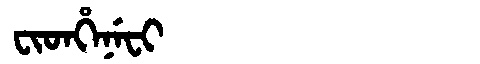
Manchu: ᠸᡳᡨᡥᡝᠨᡝᠸᡳ
Romanization: FITHENEFI